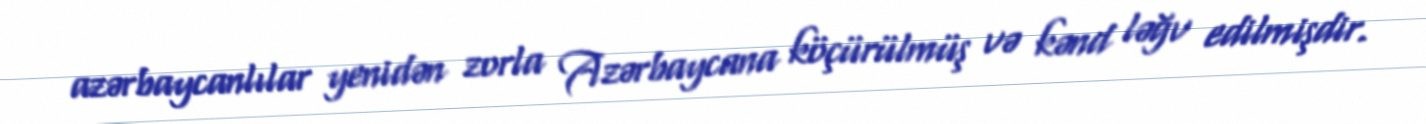
azərbaycanlılar yenidən zorla Azərbaycana köçürülmüş və kənd ləğv edilmişdir.